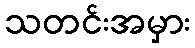
သတင်းအမှား